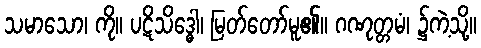
သမာသော၊ ကို။ ပဋိသိဒ္ဓေါ၊ မြတ်တော်မူ၏။ ဂဏုတ္တမံ၊ ၌ကဲ့သို့။